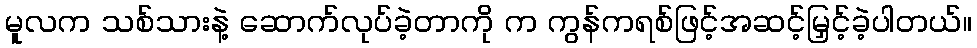
မူလက သစ်သားနဲ့ ဆောက်လုပ်ခဲ့တာကို က ကွန်ကရစ်ဖြင့်အဆင့်မြှင့်ခဲ့ပါတယ်။